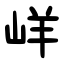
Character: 㟄